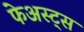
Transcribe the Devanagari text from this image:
फेअस्ट्स